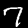
Label: 7